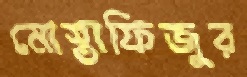
মোস্তাফিজুর